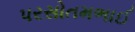
પરસોતમભાઈ